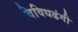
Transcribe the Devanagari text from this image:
विविधढंगी